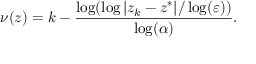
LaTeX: \nu ( z ) = k - { \frac { \log ( \log | z _ { k } - z ^ { * } | / \log ( \varepsilon ) ) } { \log ( \alpha ) } } .